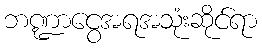
ဘဏ္ဍာငွေအရအသုံးဆိုင်ရာ